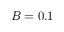
B = 0 . 1